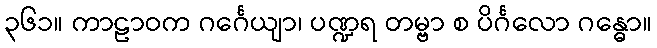
၃၆၁။ ကာဠာဝက ဂင်္ဂေယျာ၊ ပဏ္ဍရ တမ္ဗာ စ ပိင်္ဂလော ဂန္ဓော။